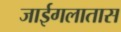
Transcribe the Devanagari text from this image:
जाईगलातास